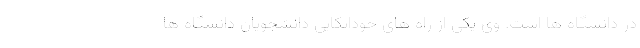
در دانشگاه ها است. وی یکی از راه های خوداتکایی دانشجویان دانشگاه ها